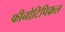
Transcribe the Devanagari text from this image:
फीनोटिपिकल